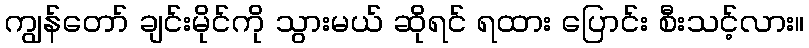
ကျွန်တော် ချင်းမိုင်ကို သွားမယ် ဆိုရင် ရထား ပြောင်း စီးသင့်လား။